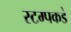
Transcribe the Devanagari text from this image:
स्टम्पकडे